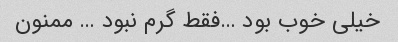
خیلی خوب بود …فقط گرم نبود … ممنون